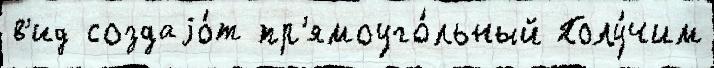
в'ид создаjо́т пр'ямоуго́льный Полу́чим